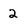
Character: 2